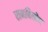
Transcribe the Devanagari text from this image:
रामबिनोद